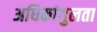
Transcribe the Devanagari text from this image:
अधिकांगुलता